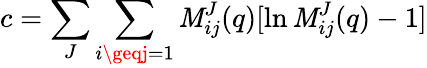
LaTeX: c=\sum_{J}\sum_{i\geqj=1}\mathit{M}_{ij}^{J}(q)[\ln\mathit{M}_{ij}^{J}(q)-1]